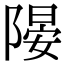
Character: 𨻂